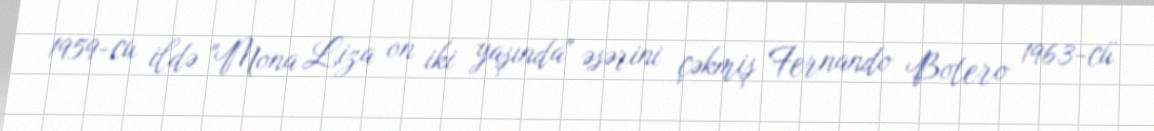
1959-cu ildə "Mona Liza on iki yaşında" əsərini çəkmiş Fernando Botero 1963-cü